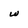
Character: w